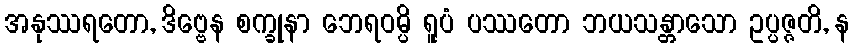
အနုဿရတော, ဒိဗ္ဗေန စက္ခုနာ ဘေရဝမ္ပိ ရူပံ ပဿတော ဘယသန္တာသော ဥပ္ပဇ္ဇတိ, န